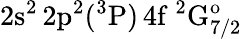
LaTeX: \mathrm{2s^{2}\, 2p^{2}(^{3}P)\, 4f~^{2}G_{7/2}^{o}}